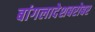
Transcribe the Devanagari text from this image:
बांगलादेशबरोबर